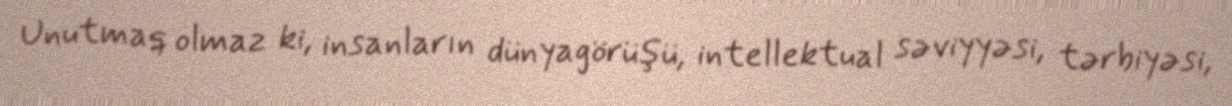
Unutmaq olmaz ki, insanların dünyagörüşü, intellektual səviyyəsi, tərbiyəsi,